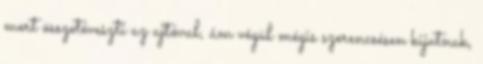
mert összetéveszti az ajtóval, ám végül mégis szerencsésen kijutnak,